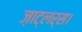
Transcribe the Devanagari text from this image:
ज़ाट्लर्स।